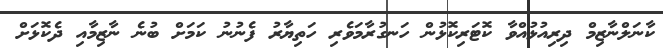
ކާނަލްނާޒިމް ދިރިއުޅުއްވާ ކޮޓަރިކޮޅުން ހަނގުރާމަވެރި ހަތިޔާރު ފެނުނު ކަމަށް ބުނެ ނާޒިމާއި ދެކޮޅަށް